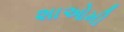
શાઓમી